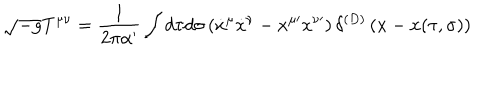
\sqrt { - g } T ^ { \mu \nu } = \frac { 1 } { 2 \pi \alpha ^ { \prime } } \int d \tau d \sigma \left( { \dot { x } } ^ { \mu } { \dot { x } } ^ { \nu } - x ^ { \mu \prime } x ^ { \nu \prime } \right) \delta ^ { ( D ) } \left( x - x ( \tau , \sigma ) \right)